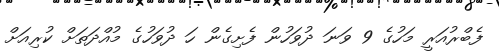
ފެބްރުއަރީ މަހުގެ 9 ވަނަ ދުވަހުން ފެށިގެން ހަ ދުވަހުގެ މުއްދަތަށް ކުރިއަށް